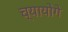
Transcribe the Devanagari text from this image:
च्यायोगे